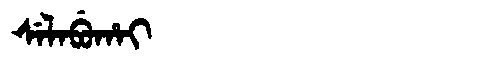
Manchu: ᠰᡝᠯᠠᠪᡠᡥᠠᡳ
Romanization: SELABUHAI